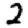
Digit: 2